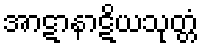
အာဋာနာဋိယသုတ္တံ